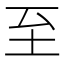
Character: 至